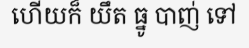
ហើយក៏ យឹត ធ្នូ បាញ់ ទៅ